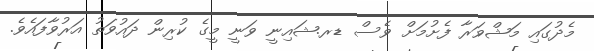
މެދުގައި މަޝްވަރާ ފެށުމަށް ވެސް ޑރ.ޝައިނީ ވަނީ މީގެ ކުރިން ދައުވަތު އަރުވާފައެވެ.